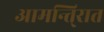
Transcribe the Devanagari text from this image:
आमन्ति्रात